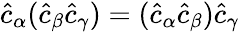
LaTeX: \hat{c}_{\alpha}(\hat{c}_{\beta}\hat{c}_{\gamma})=(\hat{c}_{\alpha}\hat{c}_{\beta})\hat{c}_{\gamma}